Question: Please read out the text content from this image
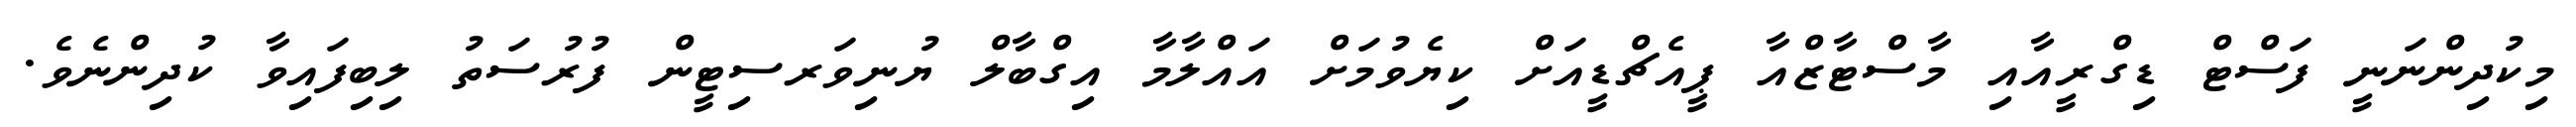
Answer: މިކުދިންނަނީ ފަސްޓް ޑިގްރީއާއި މާސްޓާޒްއާ ޕީއެޗްޑީއަށް ކިޔެވުމަށް އައްލާމާ އިގްބާލް ޔުނިވަރސިޓީން ފުރުސަތު ލިބިފައިވާ ކުދިންނެވެ.